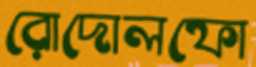
রোদোলফো